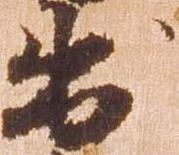
出